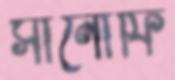
সানোফি